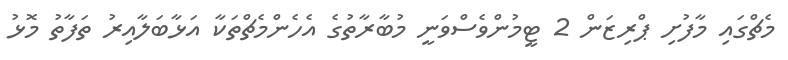
މެޗްގައި މާފުށި ޕްރިޒަން 2 ޓީމުންވެސްވަނީ މުބާރާތުގެ އެހެންމެޗްތަކާ އަޅާބަލާއިރު ތަފާތު މޮޅު